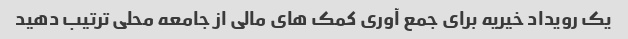
یک رویداد خیریه برای جمع آوری کمک های مالی از جامعه محلی ترتیب دهید